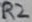
Text: R2